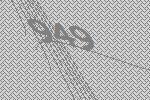
949